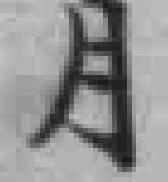
月